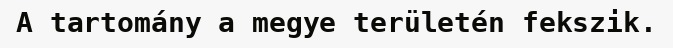
A tartomány a megye területén fekszik.